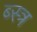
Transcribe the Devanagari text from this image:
ब्स्त्र